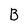
Character: B